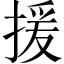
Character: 援